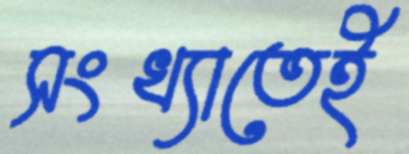
সংখ্যাতেই